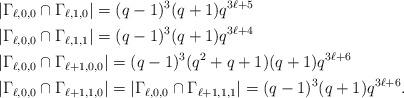
LaTeX: \begin{align*}&|\Gamma_{\ell,0,0}\cap\Gamma_{\ell,1,0}|=(q-1)^3(q+1)q^{3\ell+5}\\&|\Gamma_{\ell,0,0}\cap\Gamma_{\ell,1,1}|=(q-1)^3(q+1)q^{3\ell+4}\\&|\Gamma_{\ell,0,0}\cap\Gamma_{\ell+1,0,0}|=(q-1)^3(q^2+q+1)(q+1)q^{3\ell+6}\\&|\Gamma_{\ell,0,0}\cap\Gamma_{\ell+1,1,0}|=|\Gamma_{\ell,0,0}\cap\Gamma_{\ell+1,1,1}|=(q-1)^3(q+1)q^{3\ell+6}.\end{align*}